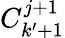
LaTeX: C_{k^{\prime}+1}^{j+1}